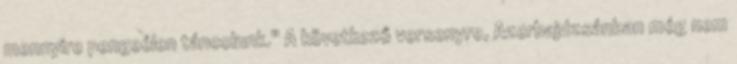
mennyire pengeélen táncolunk." A következő versenyre, Azerbajdzsánban még nem